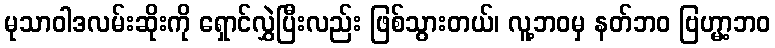
မုသာဝါဒလမ်းဆိုးကို ရှောင်လွှဲပြီးလည်း ဖြစ်သွားတယ်၊ လူ့ဘဝမှ နတ်ဘဝ ဗြဟ္မာ့ဘဝ